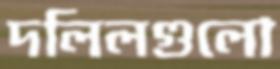
দলিলগুলো